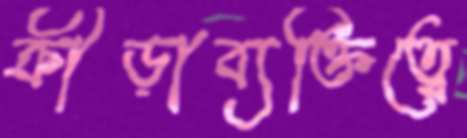
ক্রীড়াব্যক্তিত্বে